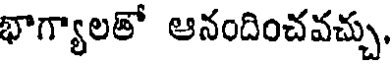
భాగ్యాలతో ఆనందించవచ్చు,